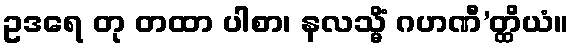
ဥဒရေ တု တထာ ပါစာ၊ နလသ္မိံ ဂဟဏီ’တ္ထိယံ။